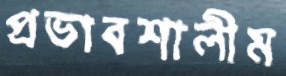
প্রভাবশালীম